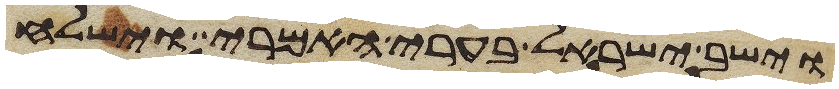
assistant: וישב ישראל בערי האמרי וישלח